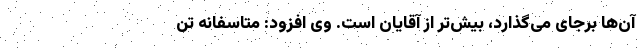
آن‌ها برجای می‌گذارد، بیش‌تر از آقایان است. وی افزود: متاسفانه تن